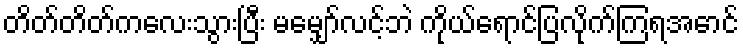
တိတ်တိတ်ကလေးသွားပြီး မမျှော်လင့်ဘဲ ကိုယ်ရောင်ပြလိုက်ကြရအောင်